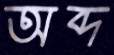
অব্দ